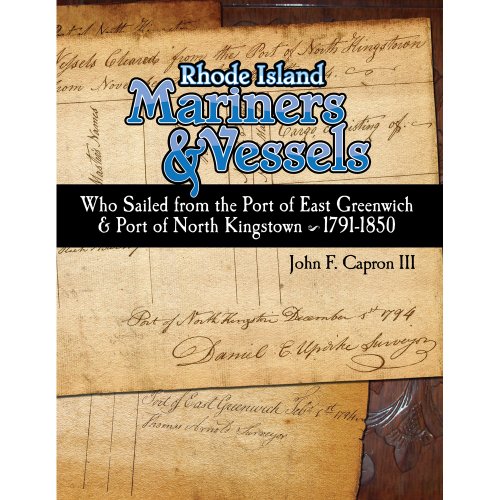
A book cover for Rhode Island Mariners & Vessels: Who sailed from the Port of East Greenwich & North Kingstown 1791-1850; John F. Capron III; Travel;